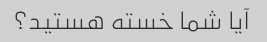
آیا شما خسته هستید؟